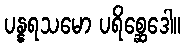
ပန္နရသမော ပရိစ္ဆေဒေါ။